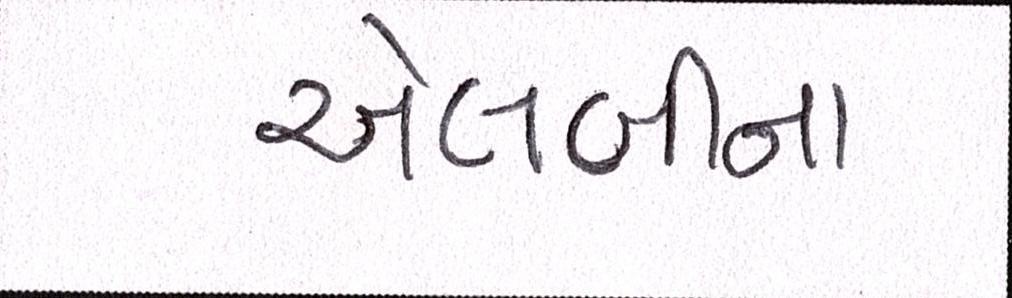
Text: એલબીના